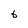
Character: 6